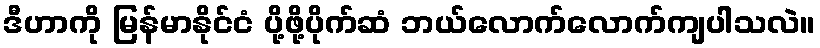
ဒီဟာကို မြန်မာနိုင်ငံ ပို့ဖို့ပိုက်ဆံ ဘယ်လောက်လောက်ကျပါသလဲ။